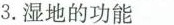
3.湿地的功能